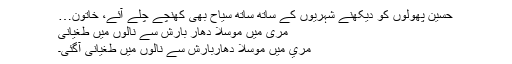
حسین پھولوں کو دیکھنے شہریوں کے ساتھ ساتھ سیاح بھی کھنچے چلے آئے، خاتون…
مری میں موسلا دھار بارش سے نالوں میں طغیانی
مري میں موسلا دھاربارش سے نالوں میں طغیانی آگئی۔